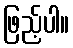
ဖြည့်ပါ။